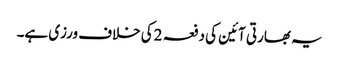
یہ بھارتی آئین کی دفعہ 2کی خلاف ورزی ہے۔